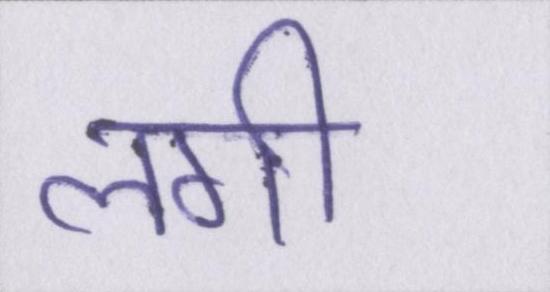
लगी